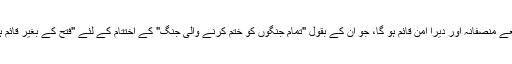
ولسن کو امید تھی کہ اس تجویز کے ذریعے منصفانہ اور دیرا امن قائم ہو گا، جو ان کے بقول "تمام جنگوں کو ختم کرنے والی جنگ" کے اختتام کے لئے "فتح کے بغیر قائم ہونے والے امن" کا کردار کرنے والا تھا۔